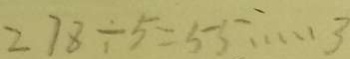
2 7 8 \div 5 = 5 5 \cdots 3